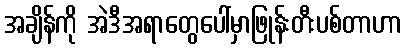
အချိန်ကို အဲဒီအရာတွေပေါ်မှာဖြုန်းတီးပစ်တာဟာ